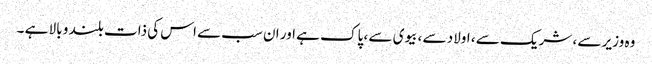
وہ وزیر سے ، شریک سے ، اولاد سے ، بیوی سے ، پاک ہے اور ان سب سے اس کی ذات بلند و بالا ہے ۔